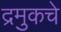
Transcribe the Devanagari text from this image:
द्रमुकचे